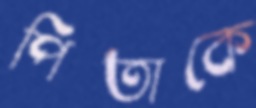
পিতাকে